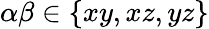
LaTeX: \alpha\beta\in\{ xy,xz,yz\}